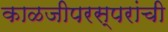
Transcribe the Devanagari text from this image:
काळजीपरस्परांची